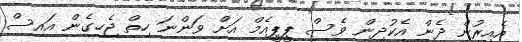
އެއިރުން ދެން އެކުދިން ވެސް ޕީޕީއެމް އަށް ވަންނަ ހިތް ޖެހިގެން އައިސް